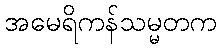
အမေရိကန်သမ္မတက